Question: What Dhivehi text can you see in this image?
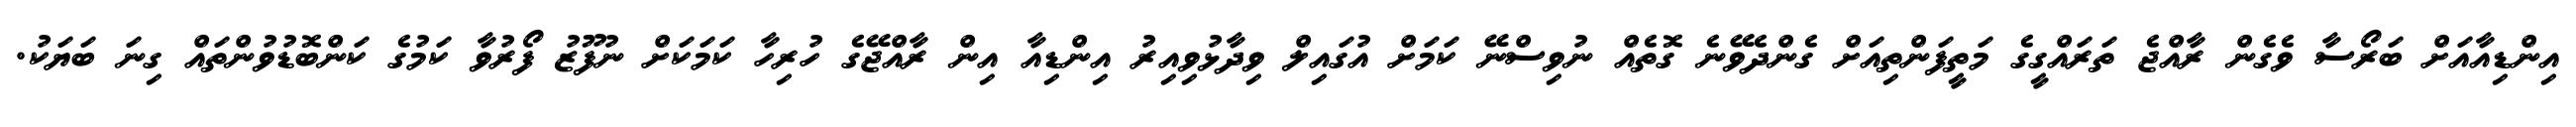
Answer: އިންޑިއާއަށް ބަރޯސާ ވެގެން ރާއްޖެ ތަރައްގީގެ މަތީފަންތިއަށް ގެންދެވޭނެ ގޮތެއް ނުވިސްނޭ ކަމަށް އުގައިލް ވިދާޅުވިއިރު އިންޑިއާ އިން ރާއްޖޭގެ ހުރިހާ ކަމަކަށް ނުފޫޒު ފޯރުވާ ކަމުގެ ކަންބޮޑުވުންތައް ގިނަ ބަޔަކު.